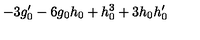
- 3 g _ { 0 } ^ { \prime } - 6 g _ { 0 } h _ { 0 } + h _ { 0 } ^ { 3 } + 3 h _ { 0 } h _ { 0 } ^ { \prime }